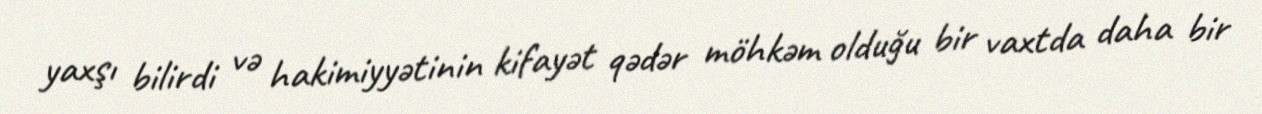
yaxşı bilirdi və hakimiyyətinin kifayət qədər möhkəm olduğu bir vaxtda daha bir